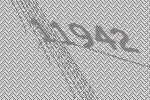
11942